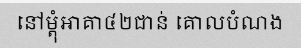
នៅម្តុំអាគា៤២ជាន់ គោលបំណង